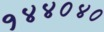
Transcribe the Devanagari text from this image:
१४४०४०